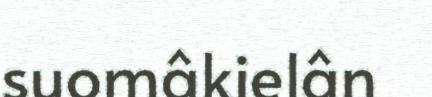
suomâkielân